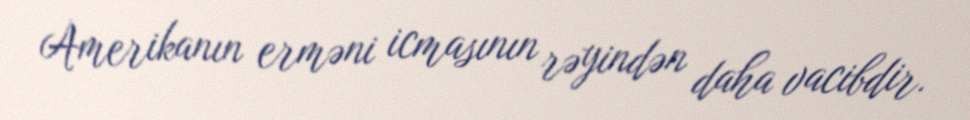
Amerikanın erməni icmasının rəyindən daha vacibdir.